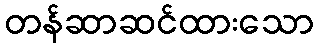
တန်ဆာဆင်ထားသော